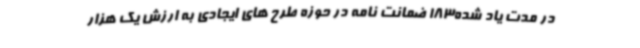
در مدت یاد شده183 ضمانت نامه در حوزه طرح های ایجادی به ارزش یک هزار